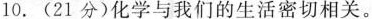
10.(21分)化学与我们的生活密切相关。